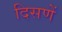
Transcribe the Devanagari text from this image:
दिसणें